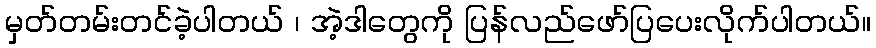
မှတ်တမ်းတင်ခဲ့ပါတယ် ၊ အဲ့ဒါတွေကို ပြန်လည်ဖော်ပြပေးလိုက်ပါတယ်။